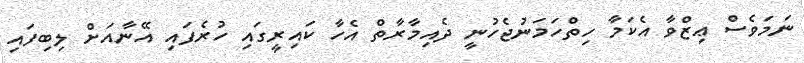
ނަމަވެސް ޢިޒްވާ އެކަމާ ހިތްހަމަނުޖެހުނީ ދެއިމާރާތް އެހާ ކައިރީގައި ހުރެފައި އޭނާއަށް ލިބިފައި